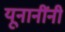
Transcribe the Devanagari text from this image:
यूनानींनी